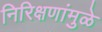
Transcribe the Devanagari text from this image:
निरिक्षणांमुळे